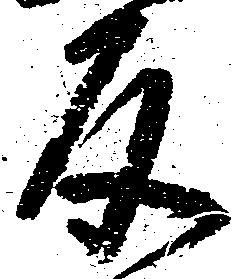
反